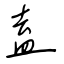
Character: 盍